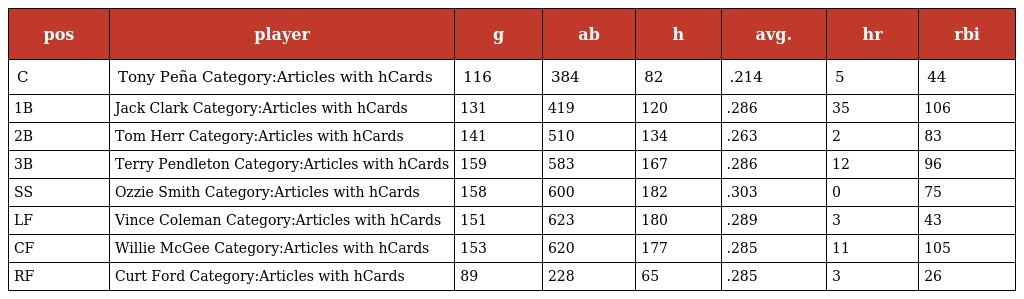
| pos | player | g | ab | h | avg. | hr | rbi |
 | --- | --- | --- | --- | --- | --- | --- | --- |
 | C | Tony Peña Category:Articles with hCards | 116 | 384 | 82 | .214 | 5 | 44 |
 | 1B | Jack Clark Category:Articles with hCards | 131 | 419 | 120 | .286 | 35 | 106 |
 | 2B | Tom Herr Category:Articles with hCards | 141 | 510 | 134 | .263 | 2 | 83 |
 | 3B | Terry Pendleton Category:Articles with hCards | 159 | 583 | 167 | .286 | 12 | 96 |
 | SS | Ozzie Smith Category:Articles with hCards | 158 | 600 | 182 | .303 | 0 | 75 |
 | LF | Vince Coleman Category:Articles with hCards | 151 | 623 | 180 | .289 | 3 | 43 |
 | CF | Willie McGee Category:Articles with hCards | 153 | 620 | 177 | .285 | 11 | 105 |
 | RF | Curt Ford Category:Articles with hCards | 89 | 228 | 65 | .285 | 3 | 26 |